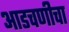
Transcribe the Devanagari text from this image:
आडचणीचा